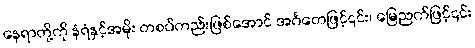
နေရာတို့ကို နံရံနှင့်အမိုး တစပ်တည်းဖြစ်အောင် အင်္ဂတေဖြင့်၎င်း၊ မြေညက်ဖြင့်၎င်း